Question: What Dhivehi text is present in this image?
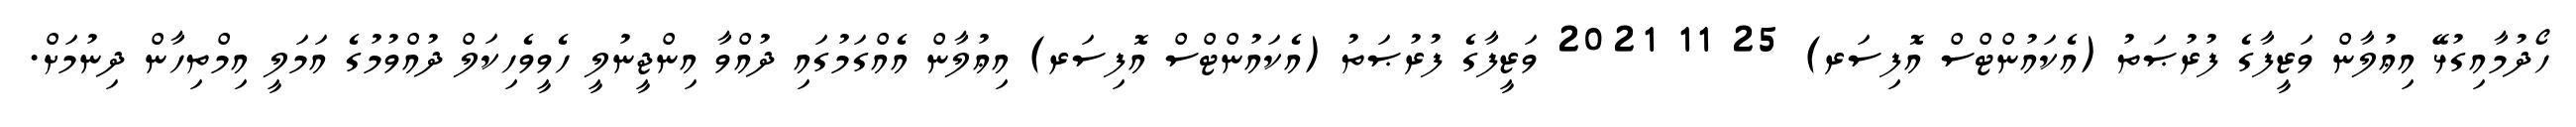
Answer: ހޯދުމާއިގުޅޭ އިޢުލާން ވަޒީފާގެ ފުރުޞަތު (އެކައުންޓްސް އޮފިސަރ) 25 11 2021 ވަޒީފާގެ ފުރުޞަތު (އެކައުންޓްސް އޮފިސަރ) އިޢުލާން އެއްގަމުގައި ދުއްވާ އިންޖީނުލީ ހެވީވެހިކަލް ދުއްވުމުގެ އަމަލީ އިމްތިހާން ދިނުމަށް.